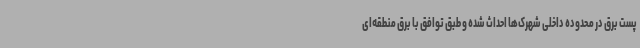
پست برق در محدوده داخلی شهرک‌ها احداث شده‌ و طبق توافق با برق منطقه‌ای